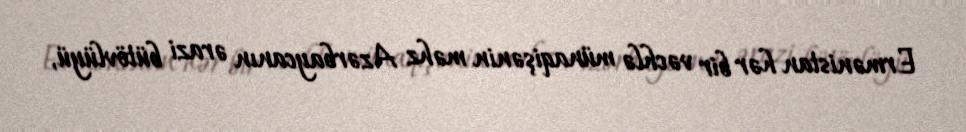
Ermənistan hər bir vəchlə münaqişənin məhz Azərbaycanın ərazi bütövlüyü,